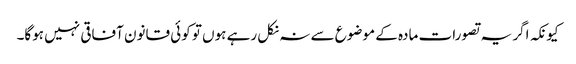
کیونکہ اگر یہ تصورات مادہ کے موضوع سے نہ نکل رہے ہوں تو کوئی قانون آفاقی نہیں ہوگا۔